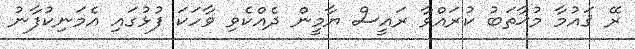
ރޭ ޤައުމާ މުޚާތަބު ކުރައްވާ ރައީސް ޔާމީން ދެއްކެވި ވާހަކަ ފުޅުގައި އެމަނިކުފާނު